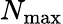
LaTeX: N_{\mathrm{max}}